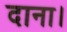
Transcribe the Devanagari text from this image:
दाना।